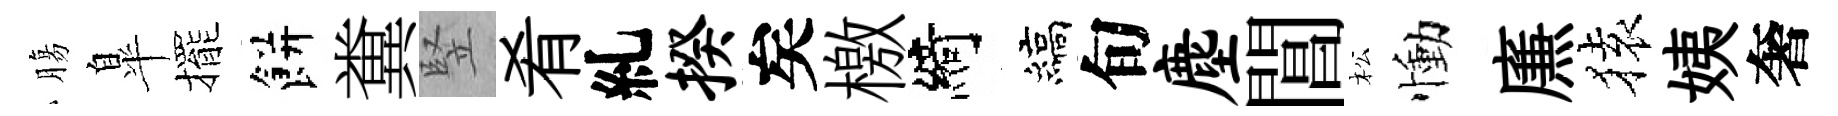
膓臯擺餅糞竪肴糺揆矣檄綺縞旬麈閶松慟㢘𫞤姨奢